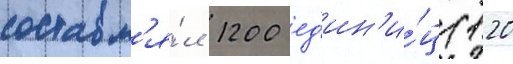
составл'я́л 1200 ед'ин'и́ц (120